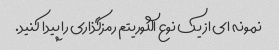
نمونه ای از یک نوع الگوریتم رمزگذاری را پیدا کنید.